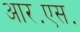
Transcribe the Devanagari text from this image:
आर॰एस॰